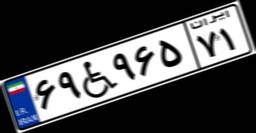
۶۹W۹۶۵۷۱